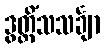
ဒွတ္တိံသသင်္ချာ